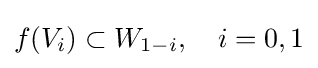
f(V_{i})\subset W_{1-i},\quad i=0,1